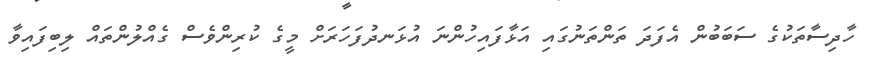
ހާދިސާތަކުގެ ސަބަބުން އެފަދަ ތަންތަނުގައި އަޅާފައިހުންނަ އުޅަނދުފަހަރަށް މީގެ ކުރިންވެސް ގެއްލުންތައް ލިބިފައިވާ